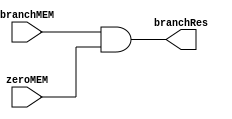
`timescale 1ns / 1ps
//////////////////////////////////////////////////////////////////////////////////
// Company: 
// Engineer: 
// 
// Design Name: 
// Module Name: branch_and
// Project Name: 
// Target Devices: 
// Tool Versions: 
// Description: 
// 
// Dependencies: 
// 
// Revision:
// Revision 0.01 - File Created
// Additional Comments:
// 
//////////////////////////////////////////////////////////////////////////////////


module branch_and(
    input branchMEM,
    input zeroMEM,
    output reg branchRes
    );
    initial branchRes=0;
    
    always @ (branchMEM or zeroMEM)
    begin
        branchRes=branchMEM && zeroMEM;
    end
    
endmodule